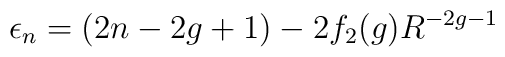
\epsilon_{n} =  (2n-2g+1) -2f_{2}(g)R^{-2g-1}